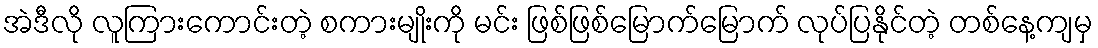
အဲဒီလို လူကြားကောင်းတဲ့ စကားမျိုးကို မင်း ဖြစ်ဖြစ်မြောက်မြောက် လုပ်ပြနိုင်တဲ့ တစ်နေ့ကျမှ